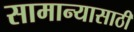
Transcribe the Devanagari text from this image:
सामान्यासाठी